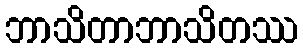
ဘာသိတာဘာသိတဿ